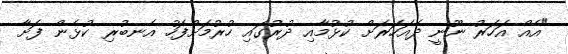
"އެއް އަހަރު ނޫނީ ދެއަހަރަށް ކުޅުމާއި ދުރުގައި ހުރުމަށްފަހު އެނބުރި ކުޅެން ފަށާ